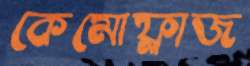
কেমোফ্লাজ